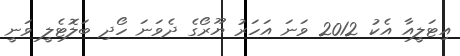
އިޓަލީއާ އެކު 2012 ވަނަ އަހަރު ޔޫރޯގެ ދެވަނަ ހޯދި ބަލޮޓެލީ ވަނީ